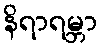
နိရာရမ္ဘာ